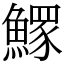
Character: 𩻄